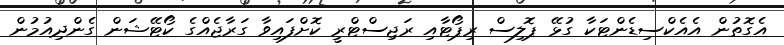
އެގޮތުން އެއެކްސިޑެންޓަކާ ގުޅޭ ޕޮލިސް ރިޕޯޓާއި ރަޖިސްޓްރީ ކޮށްފައިވާ ގަރާޖެއްގެ ކޯޓޭޝަން ގެންދިއުމުން